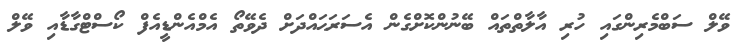
ވޭލް ސަބްމެރިންގައި ހުރި އާލާތްތައް ބޭނުންކޮށްގެން އެސަރަޙައްދަށް ދެވޭތޯ އެމްއެންޑީއެފް ކޯސްޓްގާޑާއި ވޭލް